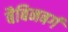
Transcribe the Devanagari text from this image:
बैबिनबर्ग